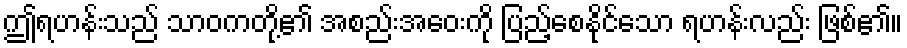
ဤရဟန်းသည် သာဝကတို့၏ အစည်းအဝေးကို ပြည့်စေနိုင်သော ရဟန်းလည်း ဖြစ်၏။